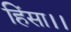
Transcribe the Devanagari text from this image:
हिंसा।।